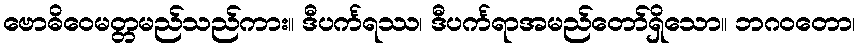
ဗောဓိဝေမတ္တမည်သည်ကား။ ဒီပင်္ကရဿ၊ ဒီပင်္ကရာအမည်တော်ရှိသော။ ဘဂဝတော၊